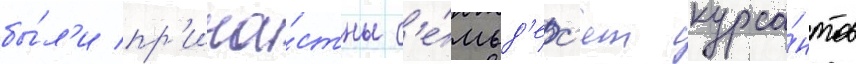
бы́л'и пр'ича́стны с'е́мьд'ес'ят курса́нтов